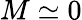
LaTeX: M\simeq 0